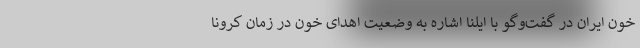
خون ایران در گفت‌وگو با ایلنا اشاره به وضعیت اهدای خون در زمان کرونا